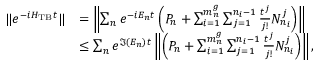
\begin{array} { r l } { \| e ^ { - i H _ { \mathrm { T B } } t } \| } & { = \left\Vert \sum _ { n } e ^ { - i E _ { n } t } \left( P _ { n } + \sum _ { i = 1 } ^ { m _ { n } ^ { g } } \sum _ { j = 1 } ^ { n _ { i } - 1 } \frac { t ^ { j } } { j ! } N _ { n _ { i } } ^ { j } \right) \right\Vert } \\ & { \leq \sum _ { n } e ^ { \Im ( E _ { n } ) t } \left\Vert \left( P _ { n } + \sum _ { i = 1 } ^ { m _ { n } ^ { g } } \sum _ { j = 1 } ^ { n _ { i } - 1 } \frac { t ^ { j } } { j ! } N _ { n _ { i } } ^ { j } \right) \right\Vert , } \end{array}